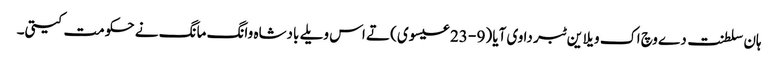
ہان سلطنت دے وچ اک ویلا ین ٹبر دا وی آیا (9 - 23 عیسوی) تے اس ویلے بادشاہ وانگ مانگ نے حکومت کیتی۔